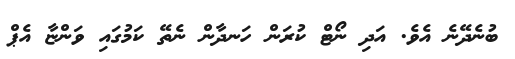
ބުނެދޭނެ އެވެ. އަދި ނޯޓް ކުރަން ހަނދާން ނެތޭ ކަމުގައި ވަންޏާ އެޕް